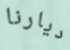
ديارنا